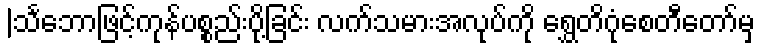
|သင်္ဘောဖြင့်ကုန်ပစ္စည်းပို့ခြင်း လက်သမားအလုပ်ကို ရွှေတိဂုံစေတီတော်မှ